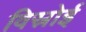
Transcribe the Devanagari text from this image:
विस्रोई